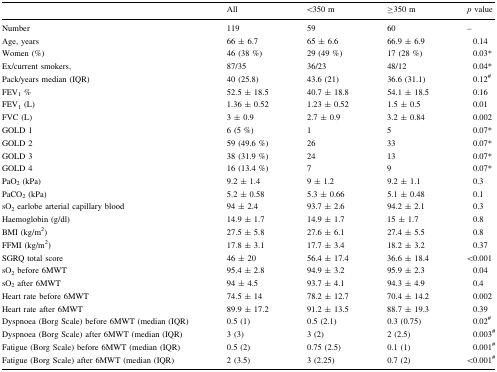
<table><thead><tr><td></td><td><b>All</b></td><td><b>&lt;350 m</b></td><td><b>≥350 m</b></td><td><b><i>p</i> value</b></td></tr></thead><tbody><tr><td>Number</td><td>119</td><td>59</td><td>60</td><td>–</td></tr><tr><td>Age, years</td><td>66 ± 6.7</td><td>65 ± 6.6</td><td>66.9 ± 6.9</td><td>0.14</td></tr><tr><td>Women (%)</td><td>46 (38 %)</td><td>29 (49 %)</td><td>17 (28 %)</td><td>0.03*</td></tr><tr><td>Ex/current smokers,</td><td>87/35</td><td>36/23</td><td>48/12</td><td>0.04*</td></tr><tr><td>Pack/years median (IQR)</td><td>40 (25.8)</td><td>43.6 (21)</td><td>36.6 (31.1)</td><td>0.12<sup>#</sup></td></tr><tr><td>FEV<sub>1</sub> %</td><td>52.5 ± 18.5</td><td>40.7 ± 18.8</td><td>54.1 ± 18.5</td><td>0.16</td></tr><tr><td>FEV<sub>1</sub> (L)</td><td>1.36 ± 0.52</td><td>1.23 ± 0.52</td><td>1.5 ± 0.5</td><td>0.01</td></tr><tr><td>FVC (L)</td><td>3 ± 0.9</td><td>2.7 ± 0.9</td><td>3.2 ± 0.84</td><td>0.002</td></tr><tr><td>GOLD 1</td><td>6 (5 %)</td><td>1</td><td>5</td><td>0.07*</td></tr><tr><td>GOLD 2</td><td>59 (49.6 %)</td><td>26</td><td>33</td><td>0.07*</td></tr><tr><td>GOLD 3</td><td>38 (31.9 %)</td><td>24</td><td>13</td><td>0.07*</td></tr><tr><td>GOLD 4</td><td>16 (13.4 %)</td><td>7</td><td>9</td><td>0.07*</td></tr><tr><td>PaO<sub>2</sub> (kPa)</td><td>9.2 ± 1.4</td><td>9 ± 1.2</td><td>9.2 ± 1.1</td><td>0.3</td></tr><tr><td>PaCO<sub>2</sub> (kPa)</td><td>5.2 ± 0.58</td><td>5.3 ± 0.66</td><td>5.1 ± 0.48</td><td>0.1</td></tr><tr><td>sO<sub>2</sub> earlobe arterial capillary blood</td><td>94 ± 2.4</td><td>93.7 ± 2.6</td><td>94.2 ± 2.1</td><td>0.3</td></tr><tr><td>Haemoglobin (g/dl)</td><td>14.9 ± 1.7</td><td>14.9 ± 1.7</td><td>15 ± 1.7</td><td>0.8</td></tr><tr><td>BMI (kg/m<sup>2</sup>)</td><td>27.5 ± 5.8</td><td>27.6 ± 6.1</td><td>27.4 ± 5.5</td><td>0.8</td></tr><tr><td>FFMI (kg/m<sup>2</sup>)</td><td>17.8 ± 3.1</td><td>17.7 ± 3.4</td><td>18.2 ± 3.2</td><td>0.37</td></tr><tr><td>SGRQ total score</td><td>46 ± 20</td><td>56.4 ± 17.4</td><td>36.6 ± 18.4</td><td>&lt;0.001</td></tr><tr><td>sO<sub>2</sub> before 6MWT</td><td>95.4 ± 2.8</td><td>94.9 ± 3.2</td><td>95.9 ± 2.3</td><td>0.04</td></tr><tr><td>sO<sub>2</sub> after 6MWT</td><td>94 ± 4.5</td><td>93.7 ± 4.1</td><td>94.3 ± 4.9</td><td>0.4</td></tr><tr><td>Heart rate before 6MWT</td><td>74.5 ± 14</td><td>78.2 ± 12.7</td><td>70.4 ± 14.2</td><td>0.002</td></tr><tr><td>Heart rate after 6MWT</td><td>89.9 ± 17.2</td><td>91.2 ± 13.5</td><td>88.7 ± 19.3</td><td>0.39</td></tr><tr><td>Dyspnoea (Borg Scale) before 6MWT (median (IQR)</td><td>0.5 (1)</td><td>0.5 (2.1)</td><td>0.3 (0.75)</td><td>0.02<sup>#</sup></td></tr><tr><td>Dyspnoea (Borg Scale) after 6MWT (median (IQR)</td><td>3 (3)</td><td>3 (2)</td><td>2 (2.5)</td><td>0.003<sup>#</sup></td></tr><tr><td>Fatigue (Borg Scale) before 6MWT (median (IQR)</td><td>0.5 (2)</td><td>0.75 (2.5)</td><td>0.1 (1)</td><td>0.001<sup>#</sup></td></tr><tr><td>Fatigue (Borg Scale) after 6MWT (median (IQR)</td><td>2 (3.5)</td><td>3 (2.25)</td><td>0.7 (2)</td><td>&lt;0.001<sup>#</sup></td></tr></tbody></table>